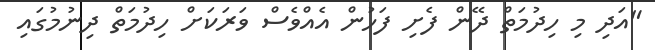
"އަދި މި ހިދުމަތް ދޭން ފެށި ފަހުން އެއްވެސް ވަރަކަށް ހިދުމަތް ދިނުމުގައި